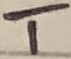
Text: T